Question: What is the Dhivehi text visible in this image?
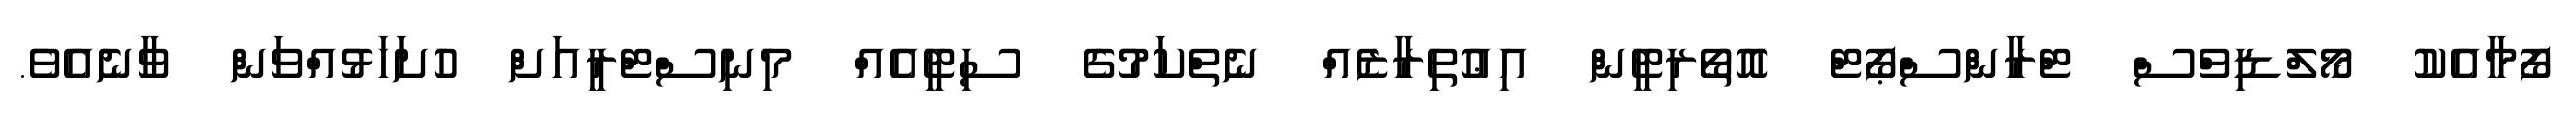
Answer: ފޯމާއެކު މޯލްޑިވްސް ޓްރާންސްޕޯޓް އޮތޯރިޓީން އިޢުތިރާޒެއް ނެތްކަމުގެ ސިޓީއެއް މިނިސްޓްރީއަށް ހުށަހަޅުއްވަން ވާނެއެވެ.